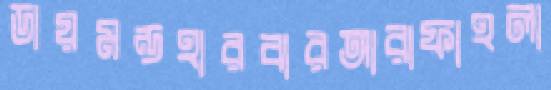
ডায়মন্ডহারবারআরাফাহলা